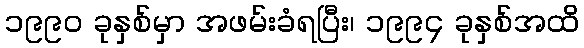
၁၉၉၀ ခုနှစ်မှာ အဖမ်းခံရပြီး၊ ၁၉၉၄ ခုနှစ်အထိ